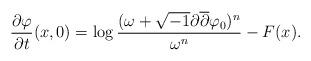
LaTeX: \begin{align*}\frac{\partial\varphi}{\partial t}(x,0)=\log\frac{(\omega+\sqrt{-1}\partial\overline{\partial}\varphi_{0})^{n}}{\omega^{n}}-F(x).\end{align*}